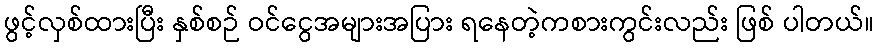
ဖွင့်လှစ်ထားပြီး နှစ်စဉ် ဝင်ငွေအများအပြား ရနေတဲ့ကစားကွင်းလည်း ဖြစ် ပါတယ်။